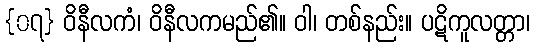
{၀၇} ဝိနီလကံ၊ ဝိနီလကမည်၏။ ဝါ၊ တစ်နည်း။ ပဋိကူလတ္တာ၊